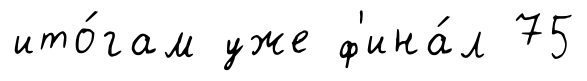
ито́гам уже ф'ина́л 75